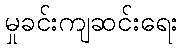
မှုခင်းကျဆင်းရေး